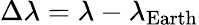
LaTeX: \Delta\lambda=\lambda-\lambda_{\mathrm{Earth}}